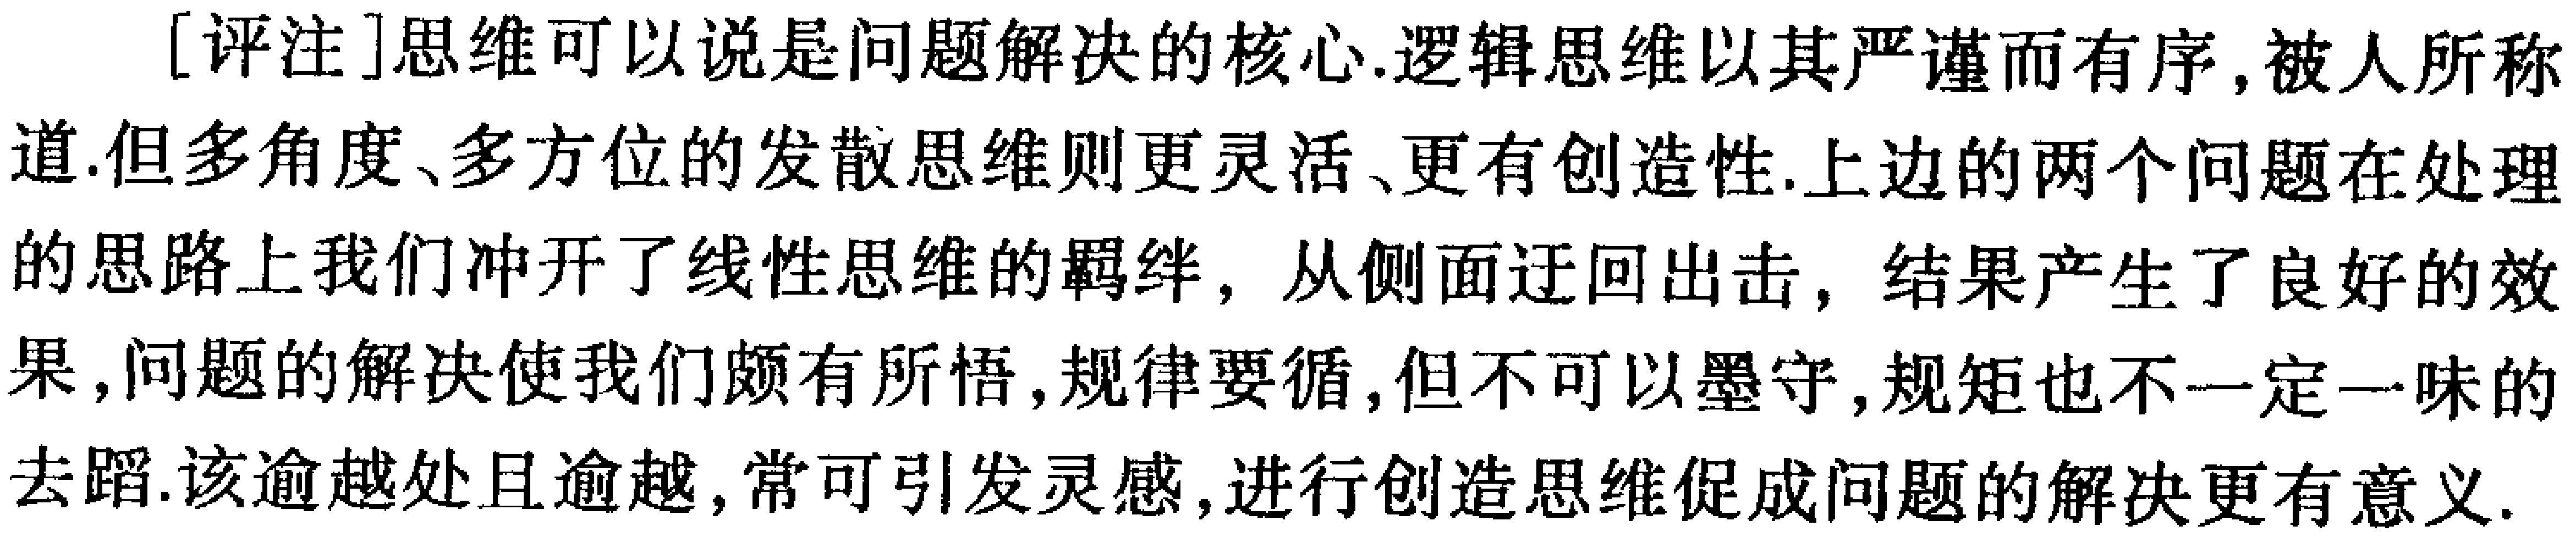
[评注]思维可以说是问题解决的核心.逻辑思维以其严谨而有序,被人所称道.但多角度、多方位的发散思维则更灵活、更有创造性.上边的两个问题在处理的思路上我们冲开了线性思维的羁绊，从侧面迂回出击，结果产生了良好的效果,问题的解决使我们颇有所悟,规律要循,但不可以墨守,规矩也不一定一味的去蹈.该逾越处且逾越,常可引发灵感,进行创造思维促成问题的解决更有意义.